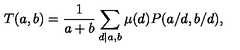
T ( a , b ) = \frac { 1 } { a + b } \sum _ { d | a , b } \mu ( d ) P ( a / d , b / d ) ,